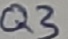
Text: Q3